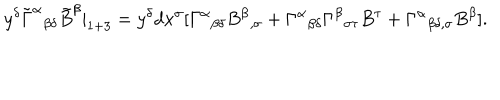
y ^ { \delta } \tilde { \Gamma } ^ { \alpha } { } _ { \beta \delta } \tilde { B } ^ { \beta } | _ { 1 + 3 } = y ^ { \delta } d x ^ { \sigma } [ \Gamma ^ { \alpha } { } _ { \beta \delta } B ^ { \beta } { } _ { , \sigma } + \Gamma ^ { \alpha } { } _ { \beta \delta } \Gamma ^ { \beta } { } _ { \sigma \tau } B ^ { \tau } + \Gamma ^ { \alpha } { } _ { \beta \delta , \sigma } B ^ { \beta } ] .